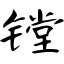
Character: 镗